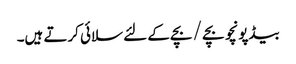
بیڈپونچو بچے / بچے کے لئے سلائی کرتے ہیں۔